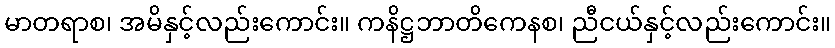
မာတရာစ၊ အမိနှင့်လည်းကောင်း။ ကနိဋ္ဌဘာတိကေနစ၊ ညီငယ်နှင့်လည်းကောင်း။